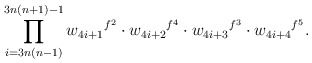
\begin{align*} \prod_{i=3n(n-1)}^{3n(n+1)-1}{w_{4i+1}}^{f^{2}}\cdot {w_{4i+2}}^{f^{4}}\cdot{w_{4i+3}}^{f^{3}}\cdot {w_{4i+4}}^{f^{5}}.\end{align*}